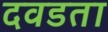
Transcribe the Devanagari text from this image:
दवडता